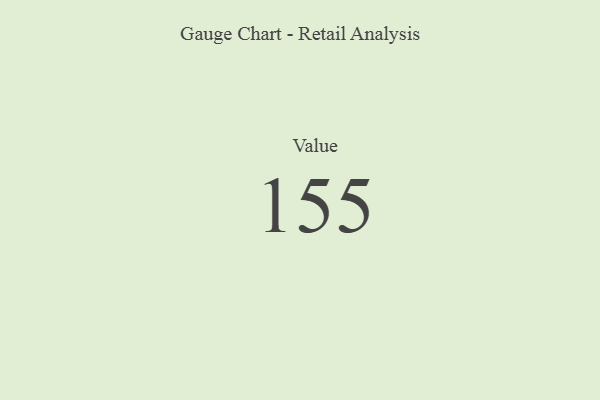
{"axis": {"x": "Metric", "y": "Value"}, "legend": [""], "data": [{"x": "Value", "y": 155, "type": ""}]}